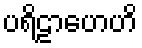
ပရိဠာဟေဟိ